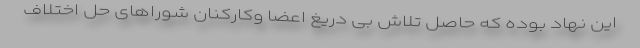
این نهاد بوده که حاصل تلاش بی دریغ اعضا وکارکنان شوراهای حل اختلاف